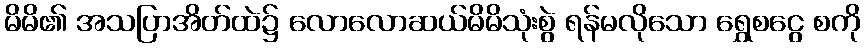
မိမိ၏ အသပြာအိတ်ထဲ၌ လောလောဆယ်မိမိသုံးစွဲ ရန်မလိုသော ရွှေစငွေ စကို